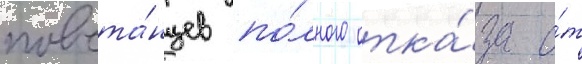
повста́нцев по́лного отка́за о́т